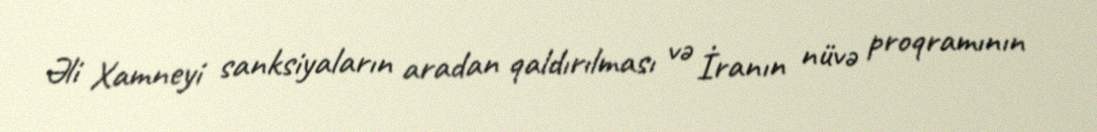
Əli Xamneyi sanksiyaların aradan qaldırılması və İranın nüvə proqramının